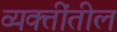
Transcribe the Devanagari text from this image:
व्यक्तींतील